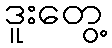
ဒူးတွေ့